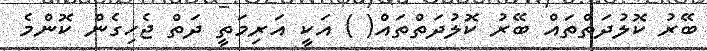
ބޭރު ކޮލުދަތްތައް ބޭރު ކޮލުދަތްތައް( ) އަކީ އަރިމަތީ ދަތް ޖެހިގެން ކޮންމެ